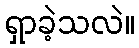
ရှာခဲ့သလဲ။